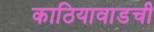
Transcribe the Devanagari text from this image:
काठियावाडची